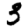
Digit: 3